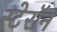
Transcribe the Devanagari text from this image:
स्टेरॉन